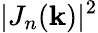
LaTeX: |J_{n}(\mathbf{k})|^{2}